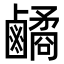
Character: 𪊀